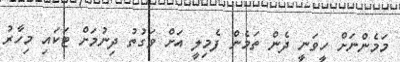
މަމެންނަށް ހީވަނީ ދެން ތަމެން ފެމިލީ އަށް ވަގުތު ދިނުމަށް ޓަކައި މިހާރު